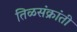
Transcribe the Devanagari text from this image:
तिळसंक्रांती